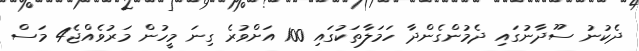
ދެކުނު ސޫދާނުގައި ދެމުންގެންދާ ހަމަލާތަކުގައި 100 އަށްވުރެ ގިނަ މީހުން މަރުވެއްޖެ4 މަސް